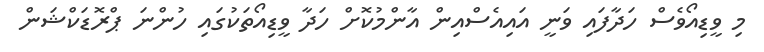
މި ވީޑިއޯވެސް ހަދާފައި ވަނީ އައިއެސްއިން އާންމުކޮށް ހަދާ ވީޑިއޯތަކުގައި ހުންނަ ޕްރޮޑަކްޝަން